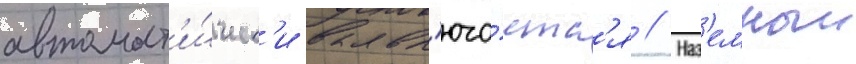
автомат'и́ческ'и вкл'юча́етс'я // Наз'емныи